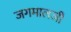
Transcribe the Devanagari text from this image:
जगमालजी